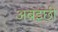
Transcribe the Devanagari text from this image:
अबइछी